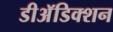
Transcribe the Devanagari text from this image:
डीअॅडिक्शन